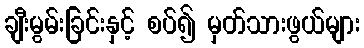
ချီးမွမ်းခြင်းနှင့် စပ်၍ မှတ်သားဖွယ်များ